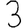
Digit: 3